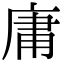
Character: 庸